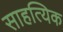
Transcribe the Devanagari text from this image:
साहत्यिक